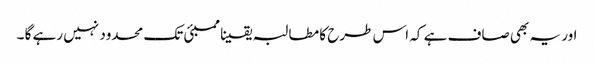
اور یہ بھی صاف ہے کہ اس طرح کا مطالبہ یقینا ممبئی تک محدود نہیں رہے گا ۔